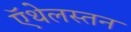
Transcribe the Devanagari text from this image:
ऍथेलस्तन